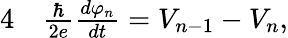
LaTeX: \begin{array}{rl}{{4}}&{{}\frac{\hbar}{2e}\frac{d\varphi_{n}}{dt}=V_{n-1}-V_{n},}\end{array}